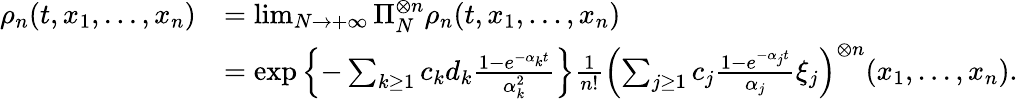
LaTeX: \begin{array}{rl}{\rho_{n}(t,x_{1},...,x_{n})}&{=\operatorname*{lim}_{N\to+\infty}\Pi_{N}^{\otimes n}\rho_{n}(t,x_{1},...,x_{n})}\\ &{=\exp\left\{ -\sum_{k\geq 1}c_{k}d_{k}\frac{1-e^{-\alpha_{k}t}}{\alpha_{k}^{2}}\right\} \frac{1}{n!}\left(\sum_{j\geq 1}c_{j}\frac{1-e^{-\alpha_{j}t}}{\alpha_{j}}\xi_{j}\right)^{\otimes n}(x_{1},...,x_{n}).}\end{array}